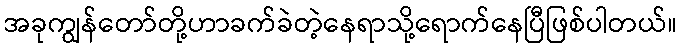
အခုကျွန်တော်တို့ဟာခက်ခဲတဲ့နေရာသို့ရောက်နေပြီဖြစ်ပါတယ်။